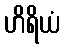
ဟိရိယံ